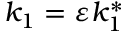
k _ { 1 } = \varepsilon k _ { 1 } ^ { * }